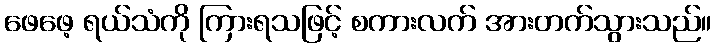
ဖေဖေ့ ရယ်သံကို ကြားရသဖြင့် စကားလက် အားတက်သွားသည်။